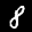
Label: 8